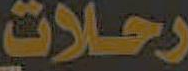
رحلات